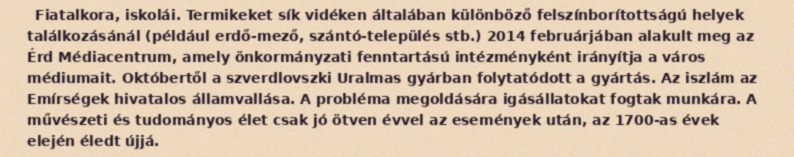
Fiatalkora, iskolái. Termikeket sík vidéken általában különböző felszínborítottságú helyek találkozásánál (például erdő-mező, szántó-település stb.) 2014 februárjában alakult meg az Érd Médiacentrum, amely önkormányzati fenntartású intézményként irányítja a város médiumait. Októbertől a szverdlovszki Uralmas gyárban folytatódott a gyártás. Az iszlám az Emírségek hivatalos államvallása. A probléma megoldására igásállatokat fogtak munkára. A művészeti és tudományos élet csak jó ötven évvel az események után, az 1700-as évek elején éledt újjá.